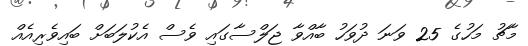
މާޗު މަހުގެ 25 ވަނަ ދުވަހު ބާއްވާ ޖަލްސާގައި ވެސް އެކުލަބަށް ބައިވެރިއެއް